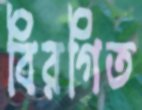
বিরগিত